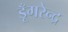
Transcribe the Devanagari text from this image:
डूँगरेन्द्र